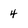
Character: 4